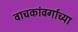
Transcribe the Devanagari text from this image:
वाचकांवर्गाच्या